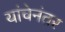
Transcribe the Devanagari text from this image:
यांचेनंतर